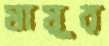
মায়ূর